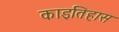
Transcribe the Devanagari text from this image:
काइतिहास